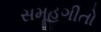
સમૂહગીતો